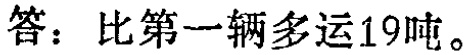
答：比第一辆多运19吨。